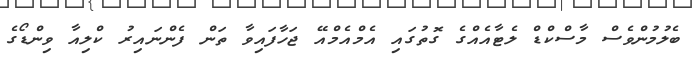
ބެލުމުންވެސް މާސްކްޑް ލެޓާއެއްގެ ގޮތުގައި އެމްއެމްއޭ ޖަހާފައިވާ ތަން ފެންނައިރު ކްލިއާ ވިންޑޯގެ